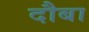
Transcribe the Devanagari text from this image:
दौबा